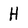
Character: H